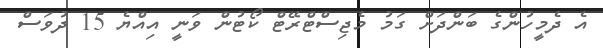
އެ ދެމީހުންގެ ބަންދަށް ގަމު މެޖިސްޓްރޭޓް ކޯޓުން ވަނީ އިއްޔެ 15 ދުވަސް